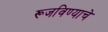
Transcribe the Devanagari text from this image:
रूजविण्याचे